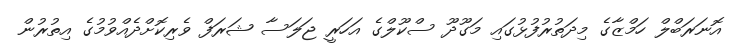
އޮނަރަބްލް ހަމްޒާގެ މިދަތުރުފުޅުގައި މަގޫދޫ ސްކޫލްގެ އަހަރީ ޖަލަސާ ޝަރަފް ވެރިކޮށްދެއްވުމުގެ އިތުރުން